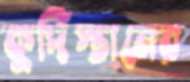
কুর্দিস্তানের